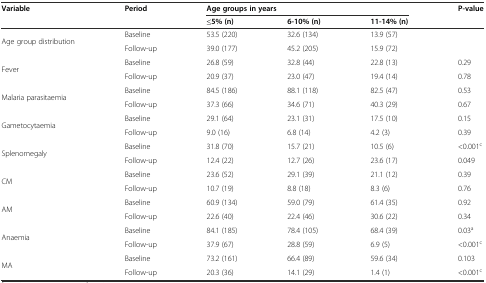
<table><thead><tr><td rowspan="2"><b>Variable</b></td><td rowspan="2"><b>Period</b></td><td colspan="3"><b>Age groups in years</b></td><td rowspan="2"><b>P-value</b></td></tr><tr><td><b>≤5% (n)</b></td><td><b>6-10% (n)</b></td><td><b>11-14% (n)</b></td></tr></thead><tbody><tr><td rowspan="2">Age group distribution</td><td>Baseline</td><td>53.5 (220)</td><td>32.6 (134)</td><td>13.9 (57)</td><td></td></tr><tr><td>Follow-up</td><td>39.0 (177)</td><td>45.2 (205)</td><td>15.9 (72)</td><td></td></tr><tr><td rowspan="2">Fever</td><td>Baseline</td><td>26.8 (59)</td><td>32.8 (44)</td><td>22.8 (13)</td><td>0.29</td></tr><tr><td>Follow-up</td><td>20.9 (37)</td><td>23.0 (47)</td><td>19.4 (14)</td><td>0.78</td></tr><tr><td rowspan="2">Malaria parasitaemia</td><td>Baseline</td><td>84.5 (186)</td><td>88.1 (118)</td><td>82.5 (47)</td><td>0.53</td></tr><tr><td>Follow-up</td><td>37.3 (66)</td><td>34.6 (71)</td><td>40.3 (29)</td><td>0.67</td></tr><tr><td rowspan="2">Gametocytaemia</td><td>Baseline</td><td>29.1 (64)</td><td>23.1 (31)</td><td>17.5 (10)</td><td>0.15</td></tr><tr><td>Follow-up</td><td>9.0 (16)</td><td>6.8 (14)</td><td>4.2 (3)</td><td>0.39</td></tr><tr><td rowspan="2">Splenomegaly</td><td>Baseline</td><td>31.8 (70)</td><td>15.7 (21)</td><td>10.5 (6)</td><td>&lt;0.001<sup>c</sup></td></tr><tr><td>Follow-up</td><td>12.4 (22)</td><td>12.7 (26)</td><td>23.6 (17)</td><td>0.049</td></tr><tr><td rowspan="2">CM</td><td>Baseline</td><td>23.6 (52)</td><td>29.1 (39)</td><td>21.1 (12)</td><td>0.39</td></tr><tr><td>Follow-up</td><td>10.7 (19)</td><td>8.8 (18)</td><td>8.3 (6)</td><td>0.76</td></tr><tr><td rowspan="2">AM</td><td>Baseline</td><td>60.9 (134)</td><td>59.0 (79)</td><td>61.4 (35)</td><td>0.92</td></tr><tr><td>Follow-up</td><td>22.6 (40)</td><td>22.4 (46)</td><td>30.6 (22)</td><td>0.34</td></tr><tr><td rowspan="2">Anaemia</td><td>Baseline</td><td>84.1 (185)</td><td>78.4 (105)</td><td>68.4 (39)</td><td>0.03<sup>a</sup></td></tr><tr><td>Follow-up</td><td>37.9 (67)</td><td>28.8 (59)</td><td>6.9 (5)</td><td>&lt;0.001<sup>c</sup></td></tr><tr><td rowspan="2">MA</td><td>Baseline</td><td>73.2 (161)</td><td>66.4 (89)</td><td>59.6 (34)</td><td>0.103</td></tr><tr><td>Follow-up</td><td>20.3 (36)</td><td>14.1 (29)</td><td>1.4 (1)</td><td>&lt;0.001<sup>c</sup></td></tr></tbody></table>